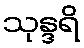
သုန္ဒရိ